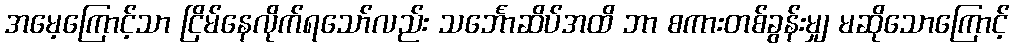
အမေ့ကြောင့်သာ ငြိမ်နေလိုက်ရသော်လည်း သင်္ဘောဆိပ်အထိ ဘာ စကားတစ်ခွန်းမျှ မဆိုသောကြောင့်